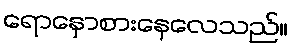
ရောနှောစားနေလေသည်။